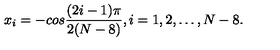
x _ { i } = - c o s { \frac { ( 2 i - 1 ) \pi } { 2 ( N - 8 ) } } , i = 1 , 2 , \dots , N - 8 .